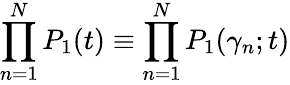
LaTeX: \prod_{n=1}^{N}P_{1}(t)\equiv\prod_{n=1}^{N}P_{1}(\gamma_{n};t)